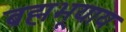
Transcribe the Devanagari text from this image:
ब्रह्मभूयाय